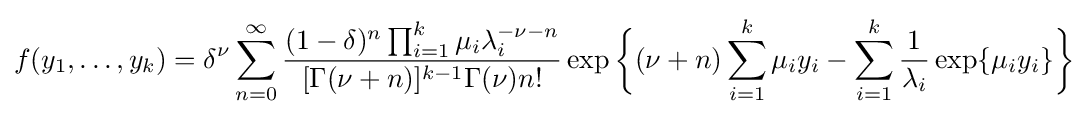
f(y_{1},\dots ,y_{k})=\delta ^{\nu }\sum _{n=0}^{\infty }{\frac {(1-\delta )^{n}\prod _{i=1}^{k}\mu _{i}\lambda _{i}^{-\nu -n}}{[\Gamma (\nu +n)]^{k-1}\Gamma (\nu )n!}}\exp {\bigg \{}(\nu +n)\sum _{i=1}^{k}\mu _{i}y_{i}-\sum _{i=1}^{k}{\frac {1}{\lambda _{i}}}\exp\{\mu _{i}y_{i}\}{\bigg \}}